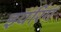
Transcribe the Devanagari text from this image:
इयरिंग